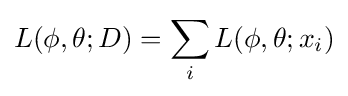
L(\phi ,\theta ;D)=\sum _{i}L(\phi ,\theta ;x_{i})